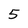
Character: 5